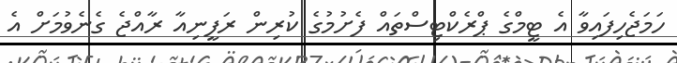
ހަމަޖެހިފައިވާ އެ ޓީމްގެ ޕްރެކްޓިސްތައް ފެށުމުގެ ކުރިން ރަފީނިއާ ރާއްޖެ ގެނެވުމަށް އެ